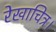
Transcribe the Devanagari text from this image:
रेखाचित्र।